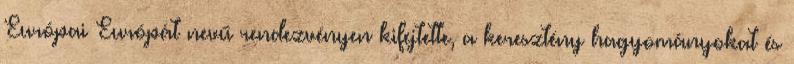
Európai Európát nevű rendezvényen kifejtette, a keresztény hagyományokat és